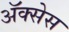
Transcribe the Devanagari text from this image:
अॅक्सेस